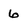
Character: 6